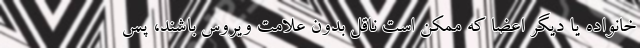
خانواده‌ یا دیگر اعضا که ممکن است ناقل بدون علامت ویروس باشند، پس